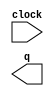
// megafunction wizard: %LPM_COUNTER%VBB%
// GENERATION: STANDARD
// VERSION: WM1.0
// MODULE: LPM_COUNTER 

// ============================================================
// Megafunction Name(s):
// 			LPM_COUNTER
//
// Simulation Library Files(s):
// 			lpm
// ============================================================
// ************************************************************
// THIS IS A WIZARD-GENERATED FILE. DO NOT EDIT THIS FILE!
//
// 18.1.1 Build 646 04/11/2019 SJ Lite Edition
// ************************************************************

//Copyright (C) 2019  Intel Corporation. All rights reserved.
//Your use of Intel Corporation's design tools, logic functions 
//and other software and tools, and any partner logic 
//functions, and any output files from any of the foregoing 
//(including device programming or simulation files), and any 
//associated documentation or information are expressly subject 
//to the terms and conditions of the Intel Program License 
//Subscription Agreement, the Intel Quartus Prime License Agreement,
//the Intel FPGA IP License Agreement, or other applicable license
//agreement, including, without limitation, that your use is for
//the sole purpose of programming logic devices manufactured by
//Intel and sold by Intel or its authorized distributors.  Please
//refer to the applicable agreement for further details, at
//https://fpgasoftware.intel.com/eula.

module Counter (
	clock,
	q);

	input	  clock;
	output	[25:0]  q;

endmodule

// ============================================================
// CNX file retrieval info
// ============================================================
// Retrieval info: PRIVATE: ACLR NUMERIC "0"
// Retrieval info: PRIVATE: ALOAD NUMERIC "0"
// Retrieval info: PRIVATE: ASET NUMERIC "0"
// Retrieval info: PRIVATE: ASET_ALL1 NUMERIC "1"
// Retrieval info: PRIVATE: CLK_EN NUMERIC "0"
// Retrieval info: PRIVATE: CNT_EN NUMERIC "0"
// Retrieval info: PRIVATE: CarryIn NUMERIC "0"
// Retrieval info: PRIVATE: CarryOut NUMERIC "0"
// Retrieval info: PRIVATE: Direction NUMERIC "0"
// Retrieval info: PRIVATE: INTENDED_DEVICE_FAMILY STRING "Cyclone V"
// Retrieval info: PRIVATE: ModulusCounter NUMERIC "0"
// Retrieval info: PRIVATE: ModulusValue NUMERIC "0"
// Retrieval info: PRIVATE: SCLR NUMERIC "0"
// Retrieval info: PRIVATE: SLOAD NUMERIC "0"
// Retrieval info: PRIVATE: SSET NUMERIC "0"
// Retrieval info: PRIVATE: SSET_ALL1 NUMERIC "1"
// Retrieval info: PRIVATE: SYNTH_WRAPPER_GEN_POSTFIX STRING "0"
// Retrieval info: PRIVATE: nBit NUMERIC "26"
// Retrieval info: PRIVATE: new_diagram STRING "1"
// Retrieval info: LIBRARY: lpm lpm.lpm_components.all
// Retrieval info: CONSTANT: LPM_DIRECTION STRING "UP"
// Retrieval info: CONSTANT: LPM_PORT_UPDOWN STRING "PORT_UNUSED"
// Retrieval info: CONSTANT: LPM_TYPE STRING "LPM_COUNTER"
// Retrieval info: CONSTANT: LPM_WIDTH NUMERIC "26"
// Retrieval info: USED_PORT: clock 0 0 0 0 INPUT NODEFVAL "clock"
// Retrieval info: USED_PORT: q 0 0 26 0 OUTPUT NODEFVAL "q[25..0]"
// Retrieval info: CONNECT: @clock 0 0 0 0 clock 0 0 0 0
// Retrieval info: CONNECT: q 0 0 26 0 @q 0 0 26 0
// Retrieval info: GEN_FILE: TYPE_NORMAL Counter.v TRUE
// Retrieval info: GEN_FILE: TYPE_NORMAL Counter.inc TRUE
// Retrieval info: GEN_FILE: TYPE_NORMAL Counter.cmp TRUE
// Retrieval info: GEN_FILE: TYPE_NORMAL Counter.bsf TRUE
// Retrieval info: GEN_FILE: TYPE_NORMAL Counter_inst.v TRUE
// Retrieval info: GEN_FILE: TYPE_NORMAL Counter_bb.v TRUE
// Retrieval info: LIB_FILE: lpm